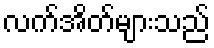
လက်အိတ်များသည်